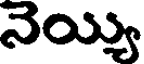
నెయ్యి